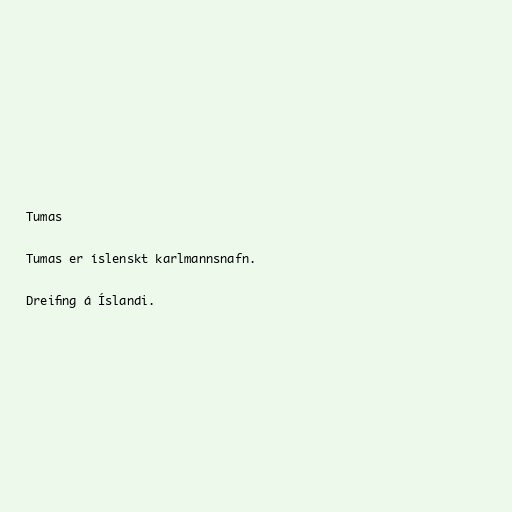
Tumas

Tumas er íslenskt karlmannsnafn.

Dreifing á Íslandi.